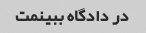
در دادگاه ببینمت